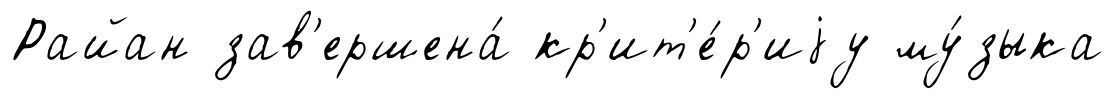
Райан зав'ершена́ кр'ит'е́р'иjу му́зыка